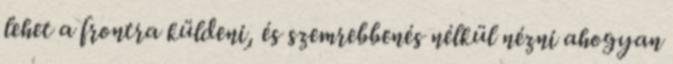
lehet a frontra küldeni, és szemrebbenés nélkül nézni ahogyan